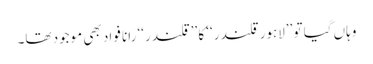
وہاں گیا تو ’’لاہور قلندر‘‘ کا ’’قلندر‘‘ رانا فواد بھی موجود تھا۔